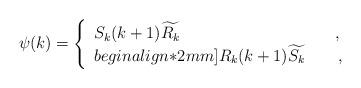
LaTeX: \begin{align*}\psi(k)=\left\{\begin{array}{ll}S_{k}(k+1)\widetilde{R_{k}}&\quad,\\begin{align*}2mm]R_{k}(k+1)\widetilde{S_{k}}&\quad\,,\end{array}\right.\end{align*}